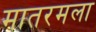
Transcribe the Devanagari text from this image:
मातरमला